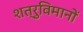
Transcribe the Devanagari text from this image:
शत्रुविमानों